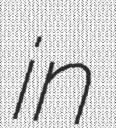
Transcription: in